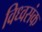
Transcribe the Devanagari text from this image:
विध्वसंक